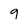
Character: g